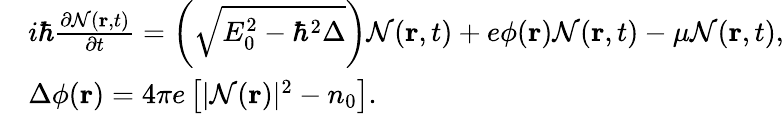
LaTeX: \begin{array}{rl}&{i\hbar\frac{{\partial{\cal N}({\mathbf{r}},t)}}{{\partial t}}=\left({\sqrt{E_{0}^{2}-{\hbar^{2}}\Delta}}\right){\cal N}({\mathbf{r}},t)+e\phi({\mathbf{r}}){\cal N}({\mathbf{r}},t)-\mu{\cal N}({\mathbf{r}},t),}\\ &{\Delta\phi({\mathbf{r}})=4\pi e\left[{|{\cal N}({\mathbf{r}}){|^{2}}-{n_{0}}}\right].}\end{array}